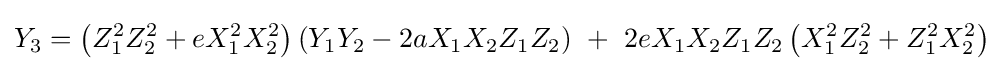
Y_{3}=\left(Z_{1}^{2}Z_{2}^{2}+eX_{1}^{2}X_{2}^{2}\right)\left(Y_{1}Y_{2}-2aX_{1}X_{2}Z_{1}Z_{2}\right)\ +\ 2eX_{1}X_{2}Z_{1}Z_{2}\left(X_{1}^{2}Z_{2}^{2}+Z_{1}^{2}X_{2}^{2}\right)